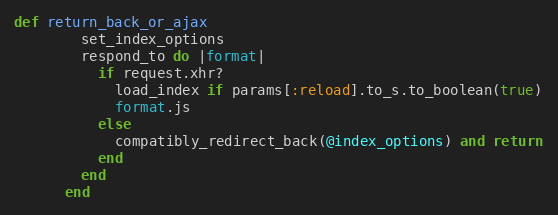
Language: Ruby
def return_back_or_ajax
        set_index_options
        respond_to do |format|
          if request.xhr?
            load_index if params[:reload].to_s.to_boolean(true)
            format.js
          else
            compatibly_redirect_back(@index_options) and return
          end
        end
      end